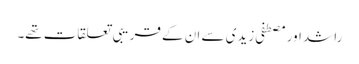
راشد اور مصطفی زیدی سے ان کے قریبی تعلقات تھے۔